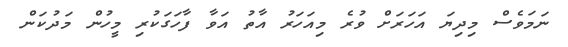
ނަމަވެސް މިދިޔަ އަހަރަށް ވުރެ މިއަހަރު އާތު އަވާ ފާހަގަކުރި މީހުން މަދުކަން